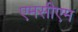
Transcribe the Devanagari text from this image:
एमसीएम